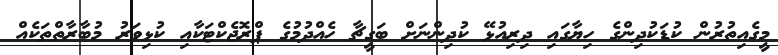
މީގެއިތުރުން ކުޑަކުދިންގެ ހިޔާގައި ދިރިއުޅޭ ކުދިންނަށް ބަގީޗާ ހެއްދުމުގެ ޕްރޮޖެކްޓަކާއި ކުޅިވަރު މުބާރާތްތަކެއް